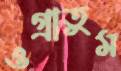
ওগ্‌রাতুম